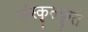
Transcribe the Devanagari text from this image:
संस्कृतकृत